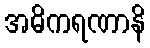
အဓိကရဏာနိ